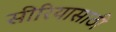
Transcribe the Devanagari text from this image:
सीरियासाठी